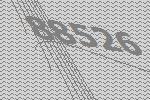
88526